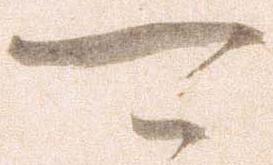
可